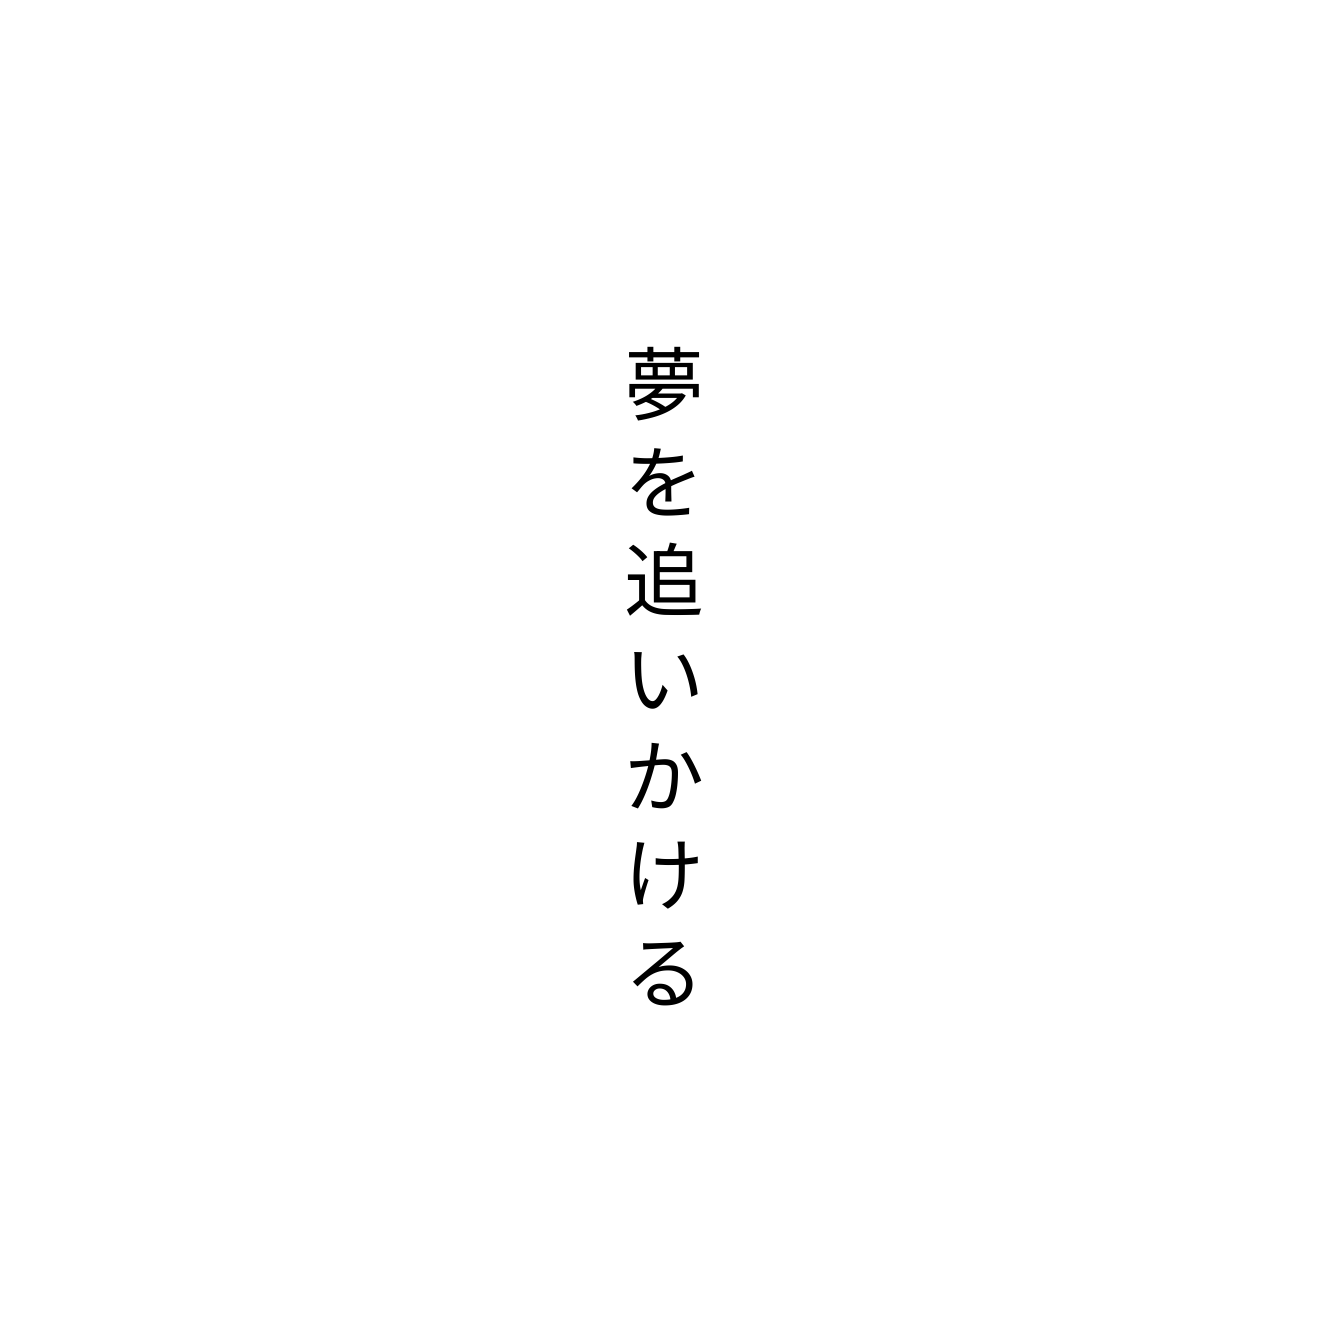
夢を追いかける